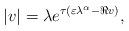
LaTeX: \begin{align*} |v| = \lambda e^{\tau(\varepsilon\lambda^\alpha - \Re v)}, \end{align*}